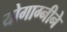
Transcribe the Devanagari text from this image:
योगाग्नीने